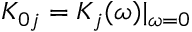
K _ { 0 j } = K _ { j } ( \omega ) | _ { \omega = 0 }